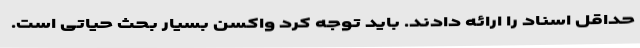
حداقل اسناد را ارائه دادند. باید توجه کرد واکسن بسیار بحث حیاتی است.